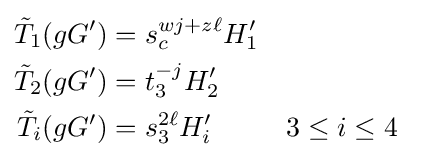
{\begin{aligned}{\tilde {T}}_{1}(gG')&=s_{c}^{wj+z\ell }H_{1}'\\{\tilde {T}}_{2}(gG')&=t_{3}^{-j}H_{2}'\\{\tilde {T}}_{i}(gG')&=s_{3}^{2\ell }H_{i}'&&3\leq i\leq 4\end{aligned}}